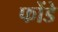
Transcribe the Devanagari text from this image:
फोंडे